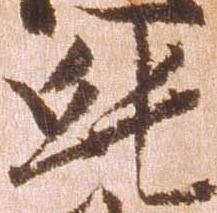
純